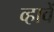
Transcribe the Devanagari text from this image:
व्हावें